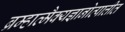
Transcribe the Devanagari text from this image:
ब्रम्हात्मैक्यज्ञानोत्पात्तीत